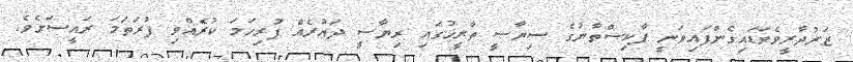
ޒަރުދާރީވެވަޑައިގެންފައިވަނީ ޕާކިސްތާނުގެ ސިޔާސީ ތާރީޚުގައި ރިޔާސީ ދައުރެއް ފުރިހަމަ ކުރެއްވި ފުރަތަމަ ރައީސަށެވެ.